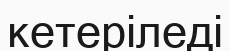
кетеріледі